Annual report on the Civil Veterinary Department, Burma (including the Insein Veterinary School) - 1923-1931
Year: 1923
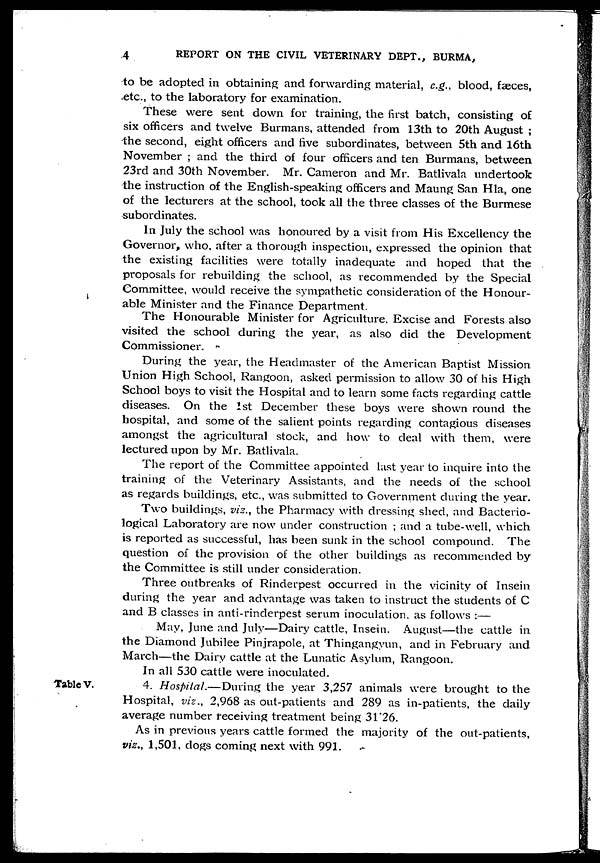
4
REPORT ON THE CIVIL VETERINARY DEPT., BURMA,
to be adopted in obtaining and forwarding material, e.g., blood, faeces,
etc., to the laboratory for examination.
These were sent down for training, the first batch, consisting of
six officers and twelve Burmans, attended from 13th to 20th August ;
the second, eight officers and five subordinates, between 5th and 16th
November ; and the third of four officers and ten Burmans, between
23rd and 30th November. Mr. Cameron and Mr. Batlivala undertook
the instruction of the English-speaking officers and Maung San Hla, one
of the lecturers at the school, took all the three classes of the Burmese
subordinates.
In July the school was honoured by a visit from His Excellency the
Governor, who, after a thorough inspection, expressed the opinion that
the existing facilities were totally inadequate and hoped that the
proposals for rebuilding the school, as recommended by the Special
Committee, would receive the sympathetic consideration of the Honour-
able Minister and the Finance Department.
The Honourable Minister for Agriculture. Excise and Forests also
visited the school during the year, as also did the Development
Commissioner.
During the year, the Headmaster of the American Baptist Mission
Union High School, Rangoon, asked permission to allow 30 of his High
School boys to visit the Hospital and to learn some facts regarding cattle
diseases. On the 1st December these boys were shown round the
hospital, and some of the salient points regarding contagious diseases
amongst the agricultural stock, and how to deal with them, were
lectured upon by Mr. Batlivala.
The report of the Committee appointed last year to inquire into the
training of the Veterinary Assistants, and the needs of the school
as regards buildings, etc., was submitted to Government during the year.
Two buildings, viz., the Pharmacy with dressing shed, and Bacterio-
logical Laboratory are now under construction ; and a tube-well, which
is reported as successful, has been sunk in the school compound. The
question of the provision of the other buildings as recommended by
the Committee is still under consideration.
Three outbreaks of Rinderpest occurred in the vicinity of Insein
during the year and advantage was taken to instruct the students of C
and B classes in anti-rinderpest serum inoculation, as follows :—
May, June and July—Dairy cattle, Insein. August—the cattle in
the Diamond Jubilee Pinjrapole, at Thingangyun, and in February and
March—the Dairy cattle at the Lunatic Asylum, Rangoon.
In all 530 cattle were inoculated.
Table V.
4. Hospital.—During the year 3,257 animals were brought to the
Hospital, viz., 2,968 as out-patients and 289 as in-patients, the daily
average number receiving treatment being 31.26.
As in previous years cattle formed the majority of the out-patients,
viz., 1,501, dogs coming next with 991.